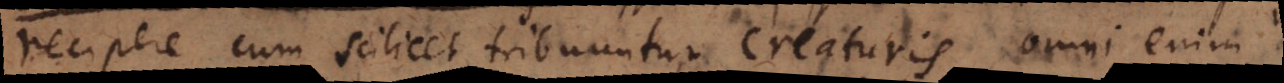
recipere cum scilicet tribuuntur creaturis, omni enim